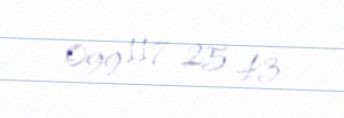
099 117 25 43